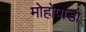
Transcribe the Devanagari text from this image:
मोहोपाडा